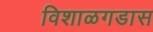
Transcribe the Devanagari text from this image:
विशाळगडास